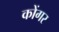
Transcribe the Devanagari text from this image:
कोंगर